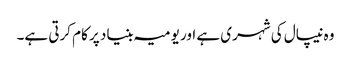
وہ نیپال کی شہری ہے اور یومیہ بنیاد پر کام کرتی ہے۔